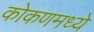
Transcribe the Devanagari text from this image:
कोकणमध्ये